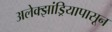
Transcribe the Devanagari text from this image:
अलेक्झांड्रियापासून